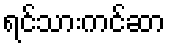
ရင်သားကင်ဆာ